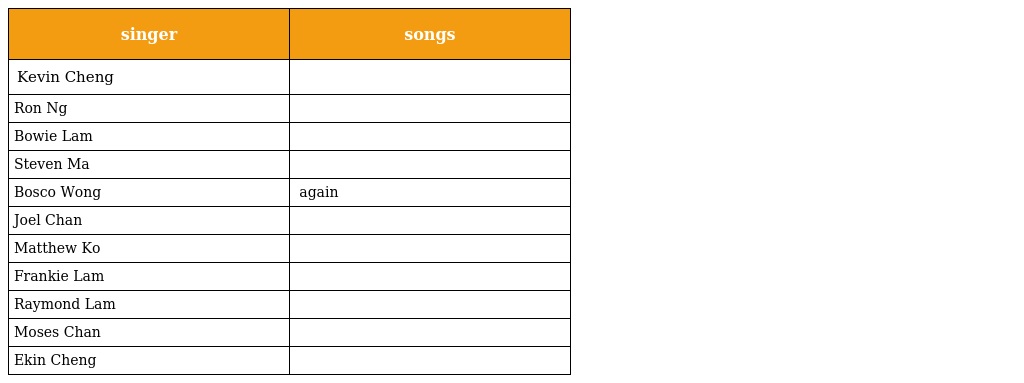
| singer | songs |
 | --- | --- |
 | Kevin Cheng | 三角兩面 請講 最美麗的第七天 強劍 與朋友共 |
 | Ron Ng | 嫁衣裳 金剛 突圍 邁向夢想的天空 別怪她 春日 |
 | Bowie Lam | 和你的每一天 思念 不配相擁 灰色錯對 風沙 砒霜 情報 兒女 |
 | Steven Ma | 突圍 天數 |
 | Bosco Wong | 有口難言 軍曹again 第幾天 強劍 無人愛 家規 |
 | Joel Chan | 天數 |
 | Matthew Ko | 龍王傳說 |
 | Frankie Lam | 十指緊扣 天網 世上無難事 |
 | Raymond Lam | 與朋友共 領會 心領 |
 | Moses Chan | 川流不息 痕跡 明知不知傻痴痴 心裡話 心花無限 |
 | Ekin Cheng | 隨時候命 |